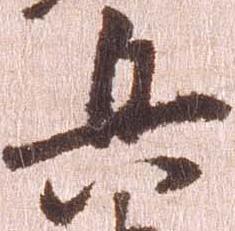
兵